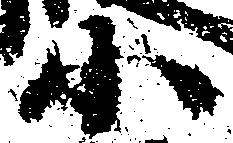
小